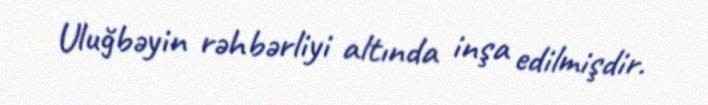
Uluğbəyin rəhbərliyi altında inşa edilmişdir.